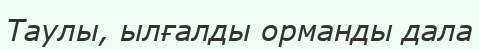
Таулы, ылғалды орманды дала